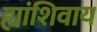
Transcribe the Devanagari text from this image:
ह्यांशिवाय